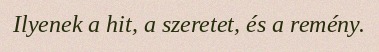
Ilyenek a hit, a szeretet, és a remény.